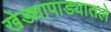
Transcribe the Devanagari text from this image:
खेड्यापाड्यातले